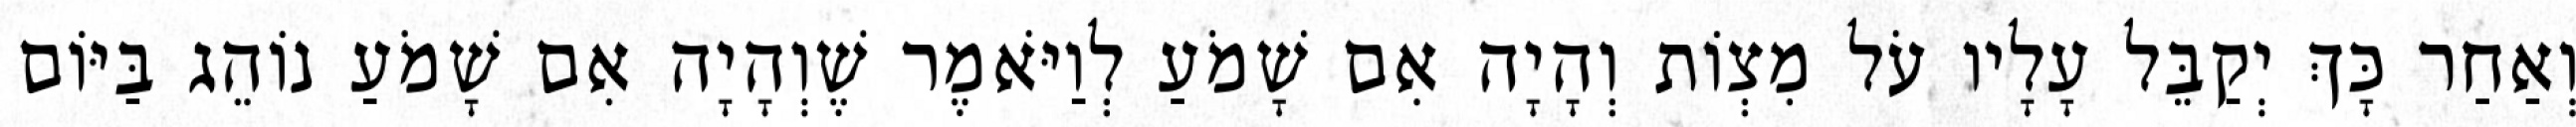
וְאַחַר כָּךְ יְקַבֵּל עָלָיו עֹל מִצְוֹת וְהָיָה אִם שָׁמֹעַ לְוַיֹּאמֶר שֶׁוְהָיָה אִם שָׁמֹעַ נוֹהֵג בַּיּוֹם